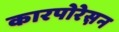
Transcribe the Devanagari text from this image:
कारपोरेस़न